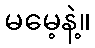
မမေ့နဲ့။